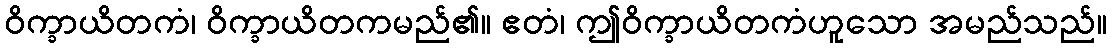
ဝိက္ခာယိတကံ၊ ဝိက္ခာယိတကမည်၏။ ဧတံ၊ ဤဝိက္ခာယိတကံဟူသော အမည်သည်။